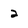
Character: 2